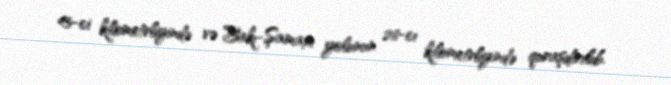
45-ci kilometrliyində və Bakı-Şamaxı yolunun 26-cı kilometrliyində quraşdırılıb.